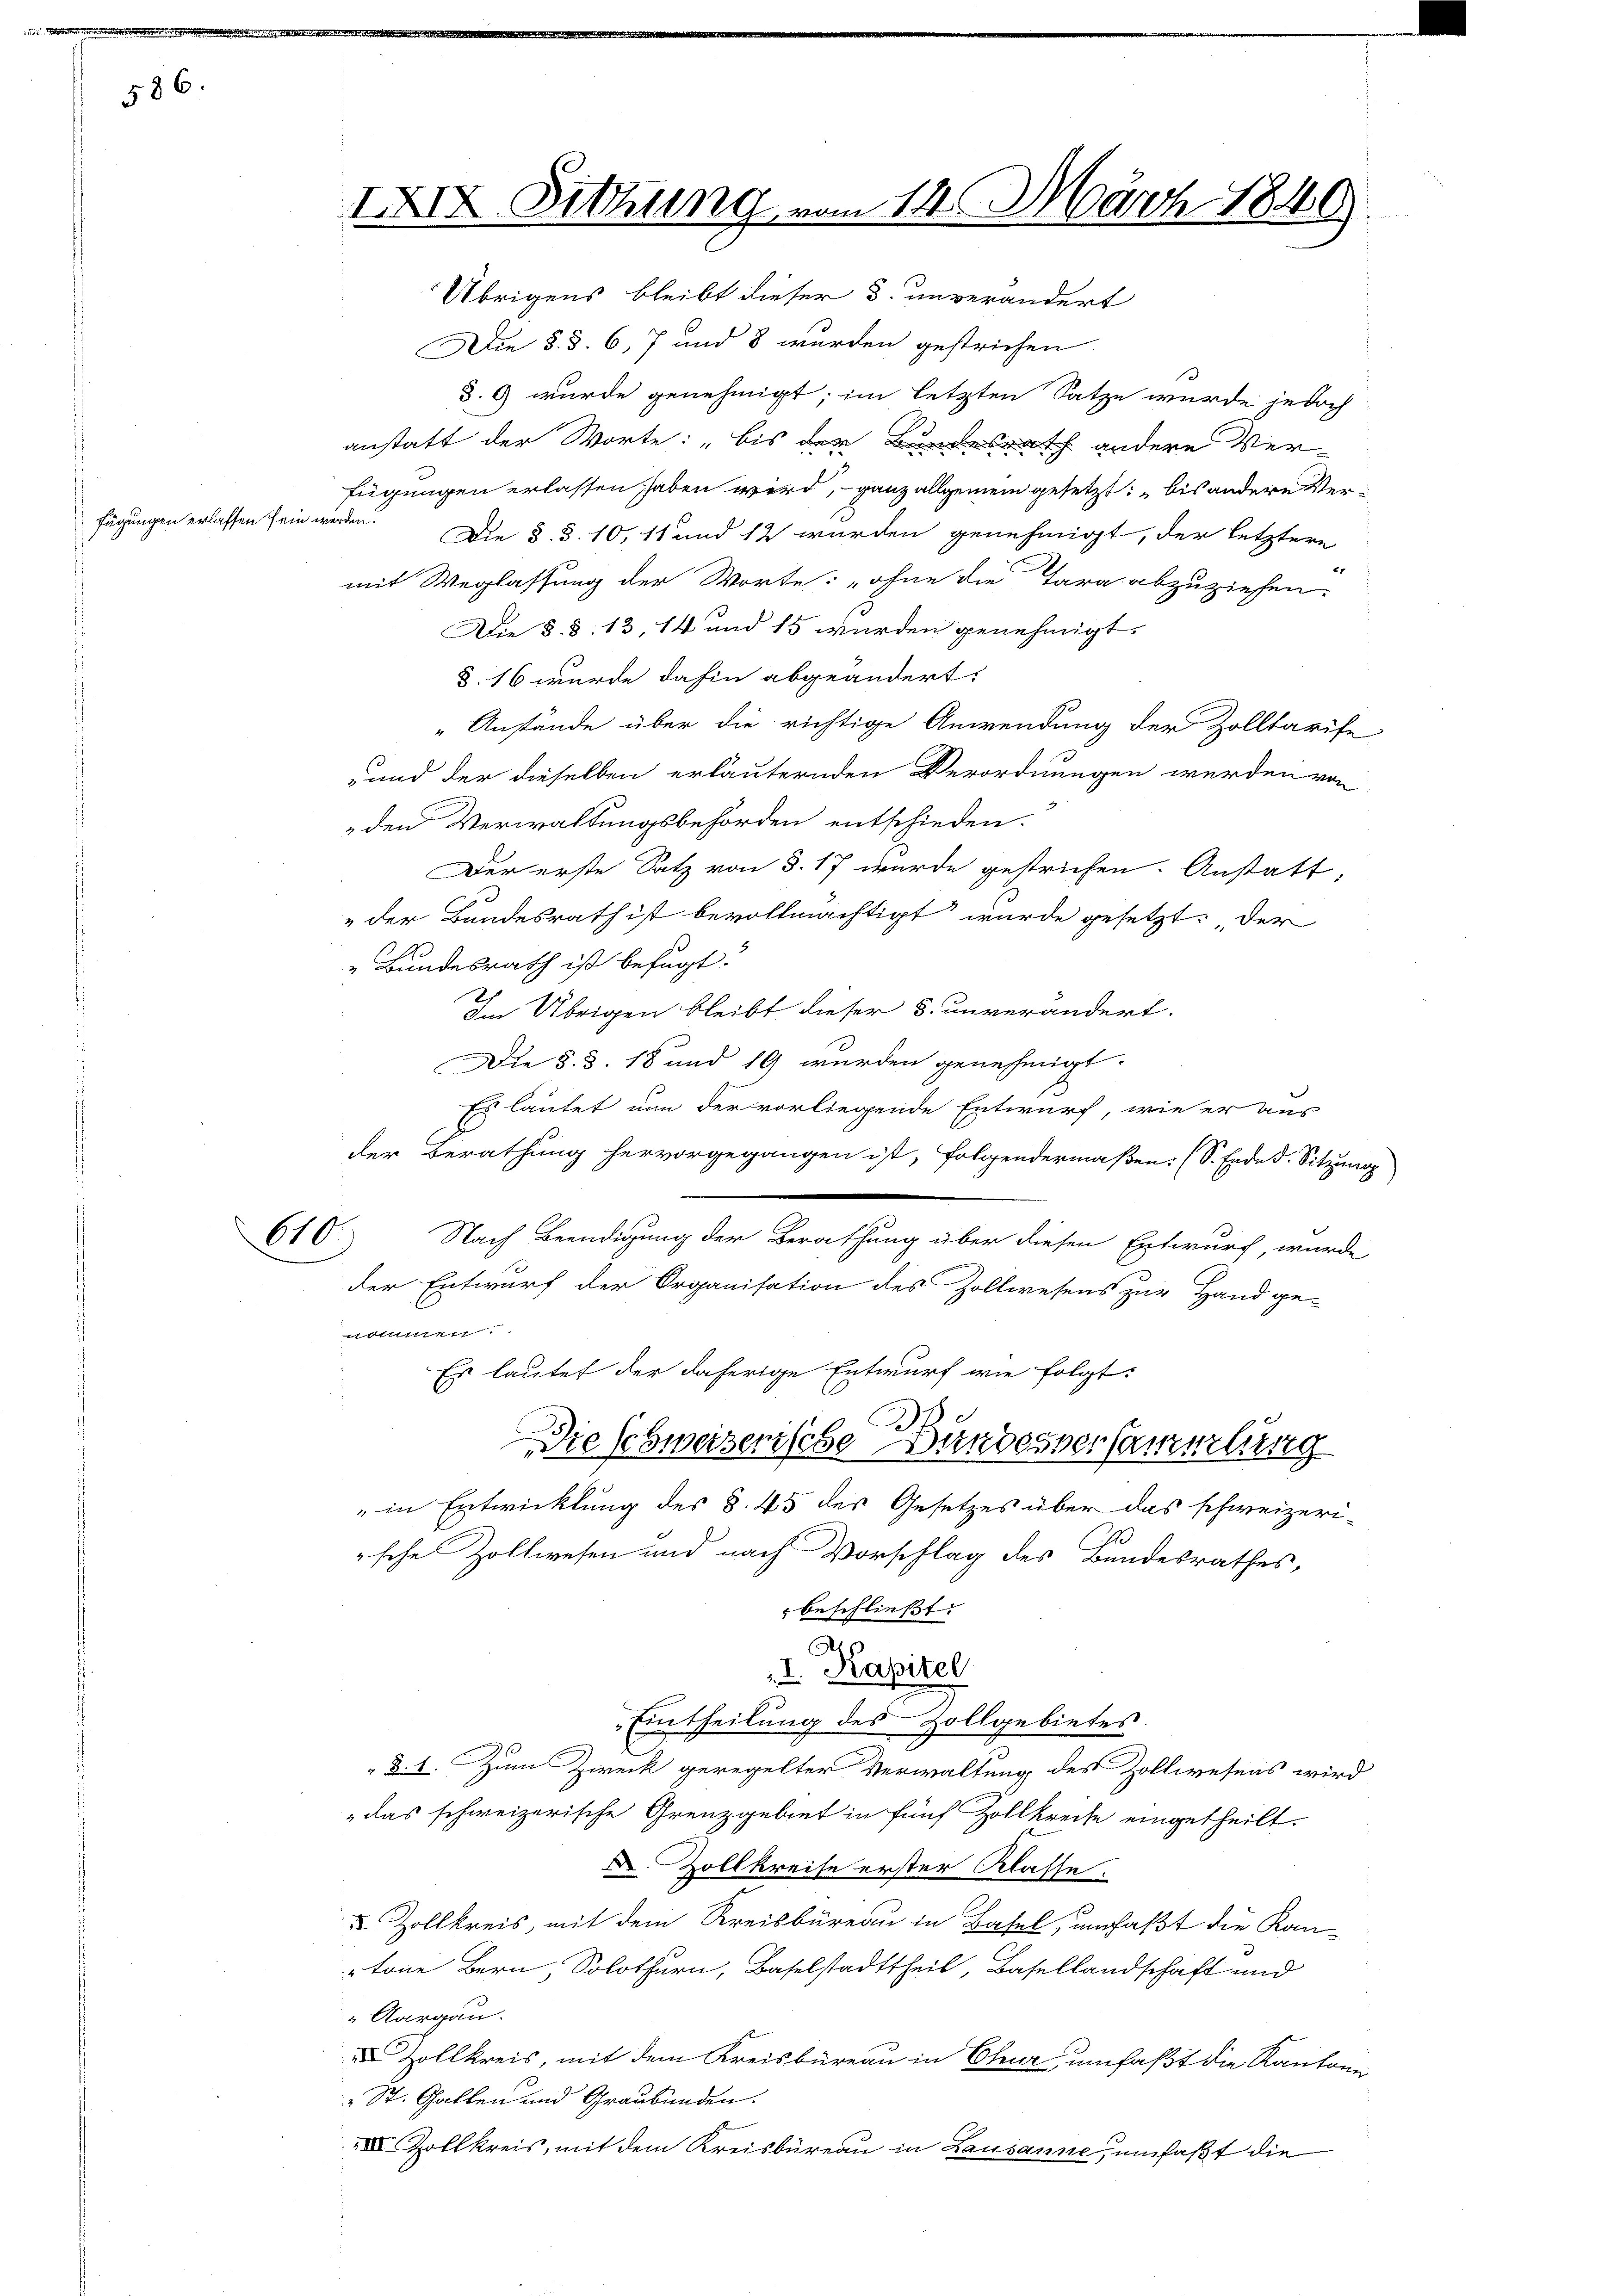
586.

fügungen erlassen sein werden.

Die §. §. 6, 7 und 8 wurden gestrichen
§.9 wurde genehmigt; im letzten Satze wurde jedoch
anstatt der Worte: „bis der Bundesrath andere Verfügungen erlassen haben wird, ganz allgemein gesetzt: bis andere Ver¬
Die §. §. 10, 11 und 12 wurden genehmigt, der letztere
mit Weglassung der Worte: „ohne die Tara abzuziehen.
Die §. §. 13, 14 und 15 wurden genehmigt.
§. 16 wurde dahin abgeändert.
Anstände über die richtige Anwendung der Zolltarife
und der dieselben erläuternden Verordnungen werden von
„den Verwaltungsbehörden entschieden.
Der erste Satz von §. 17 wurde gestrichen. Anstatt,
„der Bundesrath ist bevollmächtigt wurde gesetzt: „Der
„Bundesrath ist befugt:
Im Übrigen bleibt dieser 5. unverändert.
Die §. §. 18 und 19 wurden genehmigt.
Es lautet nun der vorliegende Entwurf, wie er aus
der Berathung hervorgegangen ist, folgendermaßen. (S. Ende d. Sitzung
der Entwurf der Organisation des Zollwesens zur Hand ge-
nommen.
Es lautet der daherige Entwurf wie folgt:
Sie schweizerische Bundesversammertung
" in Entwicklung des §. 45 des Gesetzes über das schweizerische Zollwesen und nach Vorschlag des Bundesrathes,
beschließt:
I. Kapitel
Eintheilung des Zollgebietes.
§. 1. Zum Zireck geregelter Verwaltung des Zollwesens wird
„das schweizerische Grenzgebiet in fünf Zollkreise eingetheilt.
 Zollkreise erster Klasse.
u Zollkreis, mit dem Kreisbüreau in Basel, umfaßt die Kan-
töne Bern, Solothurn, Baselstadttheil, Basellandschaft und
" Aargau.
 Zollkreis, mit dem Kreisbüreau in Chur, umfaßt die Kantone
 St. Gallen und Graubünden.
XI Zollkreis, mit dem Kreisbüreau in Lausanne, umfaßt die

610.

IXIX Sitzung
Übrigens bleibt dieser 3. unverändert

Nach Beendigung der Berathung über diesen Entwurf, wurde

14. März 1849